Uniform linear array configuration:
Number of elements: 32
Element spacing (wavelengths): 1
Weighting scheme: hamming
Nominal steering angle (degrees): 0
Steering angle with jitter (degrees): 1.784
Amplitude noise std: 0.05
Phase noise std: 0.05

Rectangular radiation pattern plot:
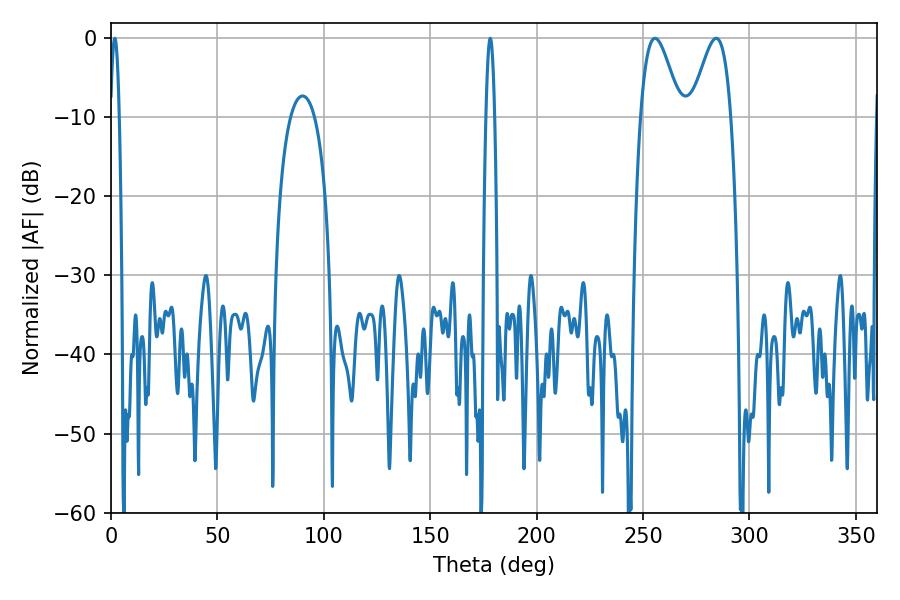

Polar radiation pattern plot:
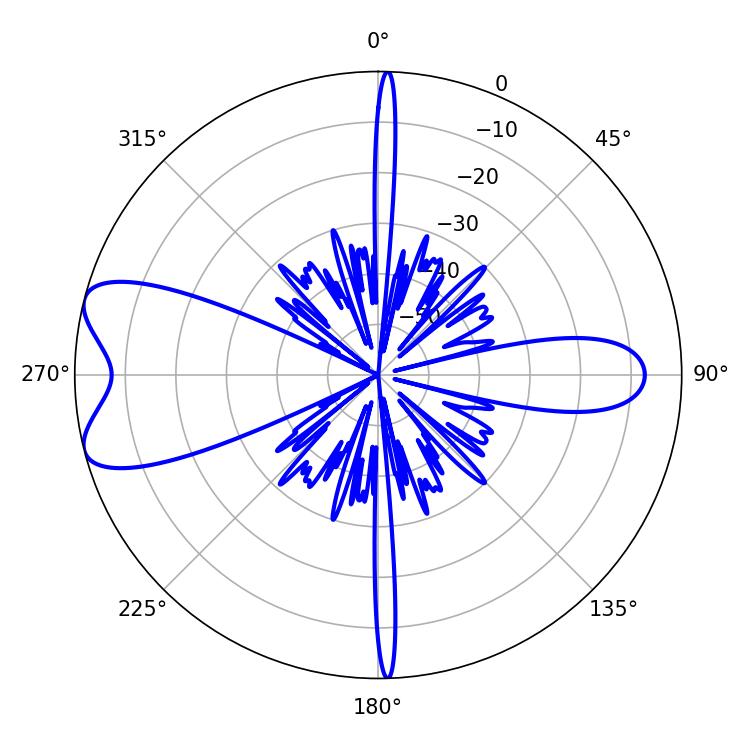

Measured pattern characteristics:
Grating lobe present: TRUE
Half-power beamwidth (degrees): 2.16
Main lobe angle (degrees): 178.2